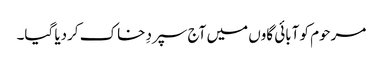
مرحوم کو آبائی گاوں میں آج سپردِ خاک کردیا گیا۔